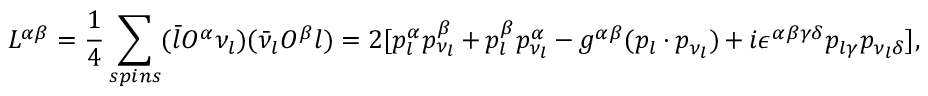
L ^ { \alpha \beta } = \frac { 1 } { 4 } \sum _ { s p i n s } ( \bar { l } O ^ { \alpha } \nu _ { l } ) ( \bar { \nu } _ { l } O ^ { \beta } l ) = 2 [ p _ { l } ^ { \alpha } p _ { \nu _ { l } } ^ { \beta } + p _ { l } ^ { \beta } p _ { \nu _ { l } } ^ { \alpha } - g ^ { \alpha \beta } ( p _ { l } \cdot p _ { \nu _ { l } } ) + i \epsilon ^ { \alpha \beta \gamma \delta } p _ { l \gamma } p _ { \nu _ { l } \delta } ] ,